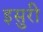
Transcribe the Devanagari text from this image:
इसुरी